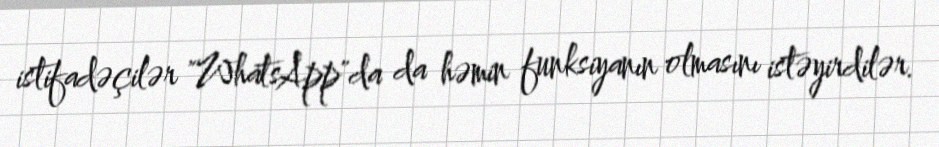
istifadəçilər "WhatsApp"da da həmin funksiyanın olmasını istəyirdilər.